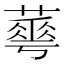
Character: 𦾓